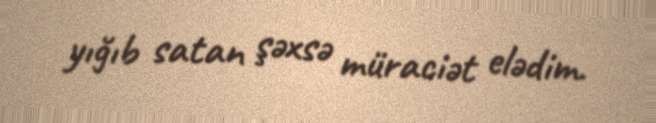
yığıb satan şəxsə müraciət elədim.